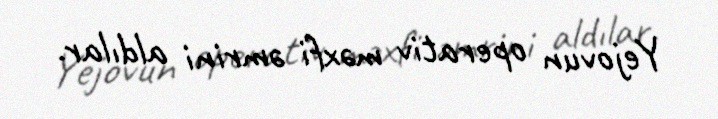
Yejovun operativ məxfi əmrini aldılar.